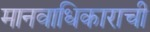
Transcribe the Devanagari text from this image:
मानवाधिकाराची